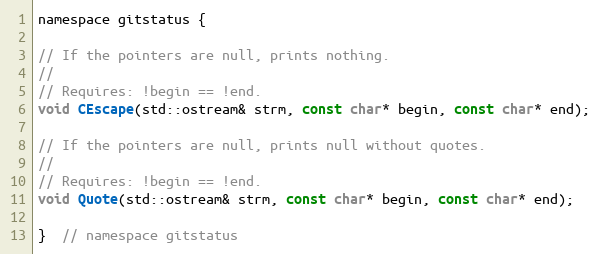
Language: C
namespace gitstatus {

// If the pointers are null, prints nothing.
//
// Requires: !begin == !end.
void CEscape(std::ostream& strm, const char* begin, const char* end);

// If the pointers are null, prints null without quotes.
//
// Requires: !begin == !end.
void Quote(std::ostream& strm, const char* begin, const char* end);

}  // namespace gitstatus